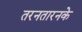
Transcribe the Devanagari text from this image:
तरनतारनके